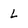
Character: L